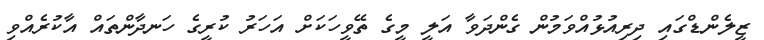
ޒީލެންޑްގައި ދިރިއުޅުއްވަމުން ގެންދަވާ އަލީ މީގެ ތޭވީހަކަށް އަހަރު ކުރީގެ ހަނދާންތައް އާކުރެއްވި